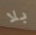
بلا